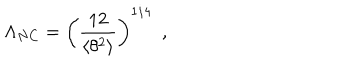
LaTeX: \Lambda _ { N C } = \left( \frac { 1 2 } { \langle \theta ^ { 2 } \rangle } \right) ^ { 1 / 4 } \, \, \, ,